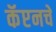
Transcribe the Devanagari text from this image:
कॅप्टनचे